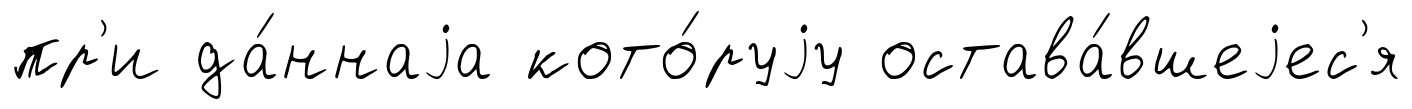
пр'и да́ннаjа кото́руjу остава́вшеjес'я